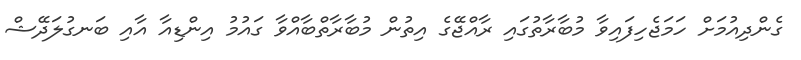
ގެންދިއުމަށް ހަމަޖެހިފައިވާ މުބާރާތުގައި ރާއްޖޭގެ އިތުން މުބާރާތްބާއްވާ ގައުމު އިންޑިއާ އާއި ބަނގުލަދޭޝް